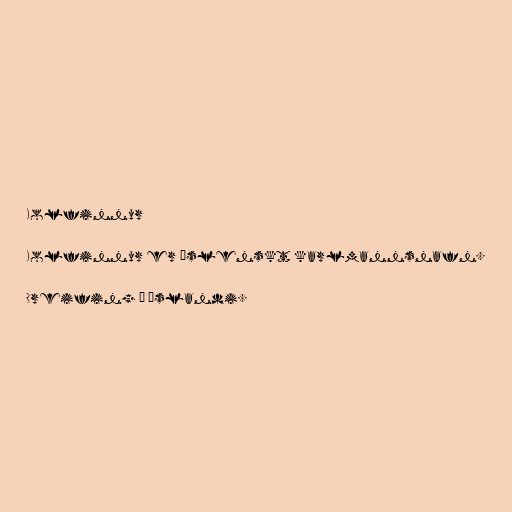
Kolfinnur

Kolfinnur er íslenskt karlmannsnafn.

Dreifing á Íslandi.